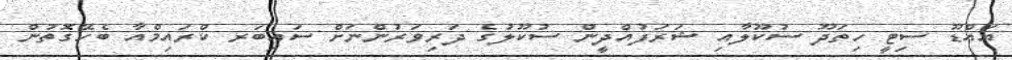
އައްޑޫ ސިޓީ ހިތަދޫ ސުކޫލާއި ޝަރަފުއްދީން ސުކޫލުގެ ދަރިވަރުންނަށް ސައިބަރ ކްރައިމްއާ ބެހޭގޮތުން